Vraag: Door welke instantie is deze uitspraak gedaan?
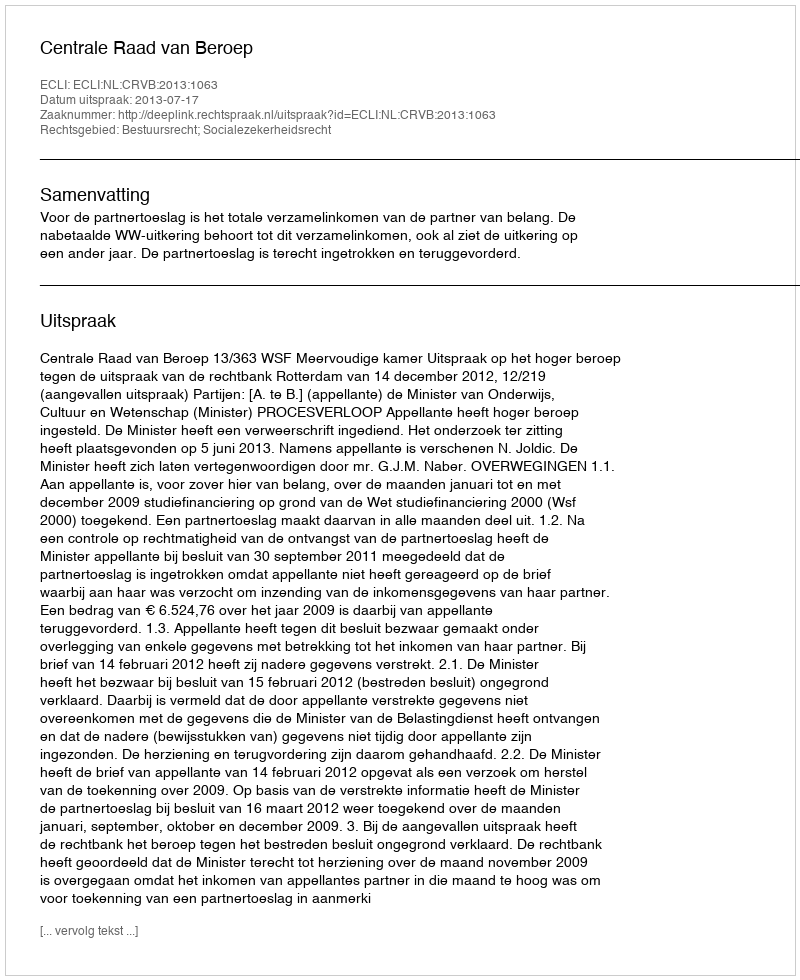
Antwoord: Centrale Raad van Beroep